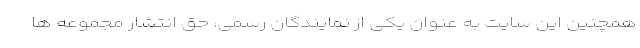
همچنین این سایت به عنوان یکی از نمایندگان رسمی، حق انتشار مجموعه ها